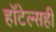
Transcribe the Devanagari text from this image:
हॉटेल्सही